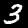
Digit: 3